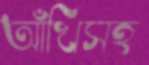
আঁখিসহ